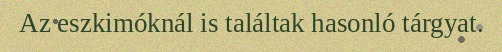
Az eszkimóknál is találtak hasonló tárgyat.